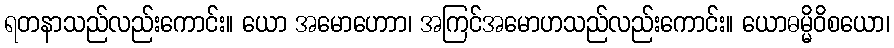
ရတနာသည်လည်းကောင်း။ ယော အမောဟောာ၊ အကြင်အမောဟသည်လည်းကောင်း။ ယောဓမ္မိဝိစယော၊